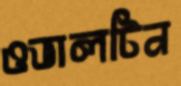
ওভালটিন